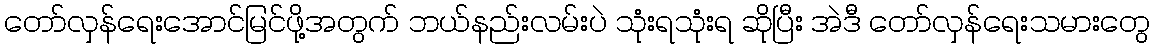
တော်လှန်ရေးအောင်မြင်ဖို့အတွက် ဘယ်နည်းလမ်းပဲ သုံးရသုံးရ ဆိုပြီး အဲဒီ တော်လှန်ရေးသမားတွေ